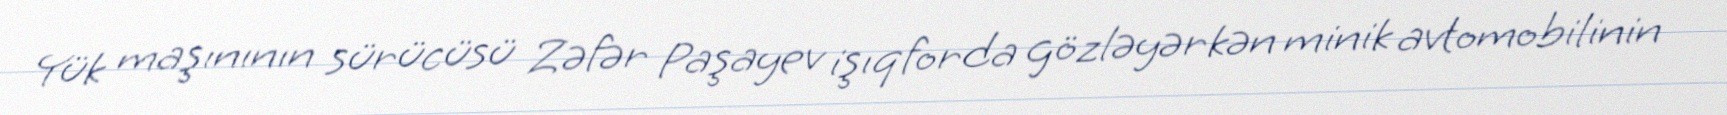
Yük maşınının sürücüsü Zəfər Paşayev işıqforda gözləyərkən minik avtomobilinin